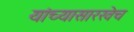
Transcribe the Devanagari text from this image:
यांच्यासारखेच